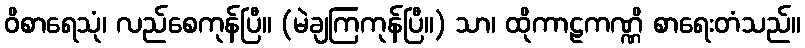
ဝိစာရေသုံ၊ လည်စေကုန်ပြီ။ (မဲချကြကုန်ပြီ။) သာ၊ ထိုကာဠကဏ္ဏိ စာရေးတံသည်။